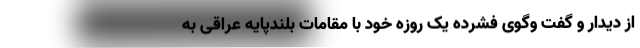
از دیدار و گفت وگوی فشرده یک روزه خود با مقامات بلندپایه عراقی به